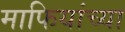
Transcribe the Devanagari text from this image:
माफियांच्या